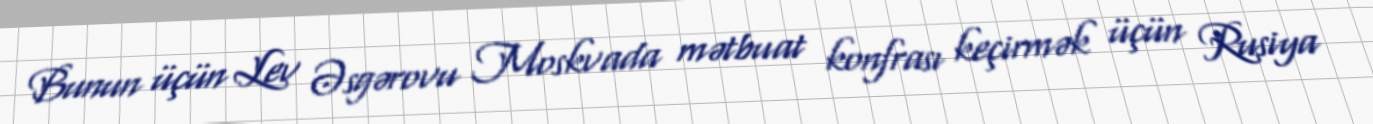
Bunun üçün Lev Əsgərovu Moskvada mətbuat konfrası keçirmək üçün Rusiya